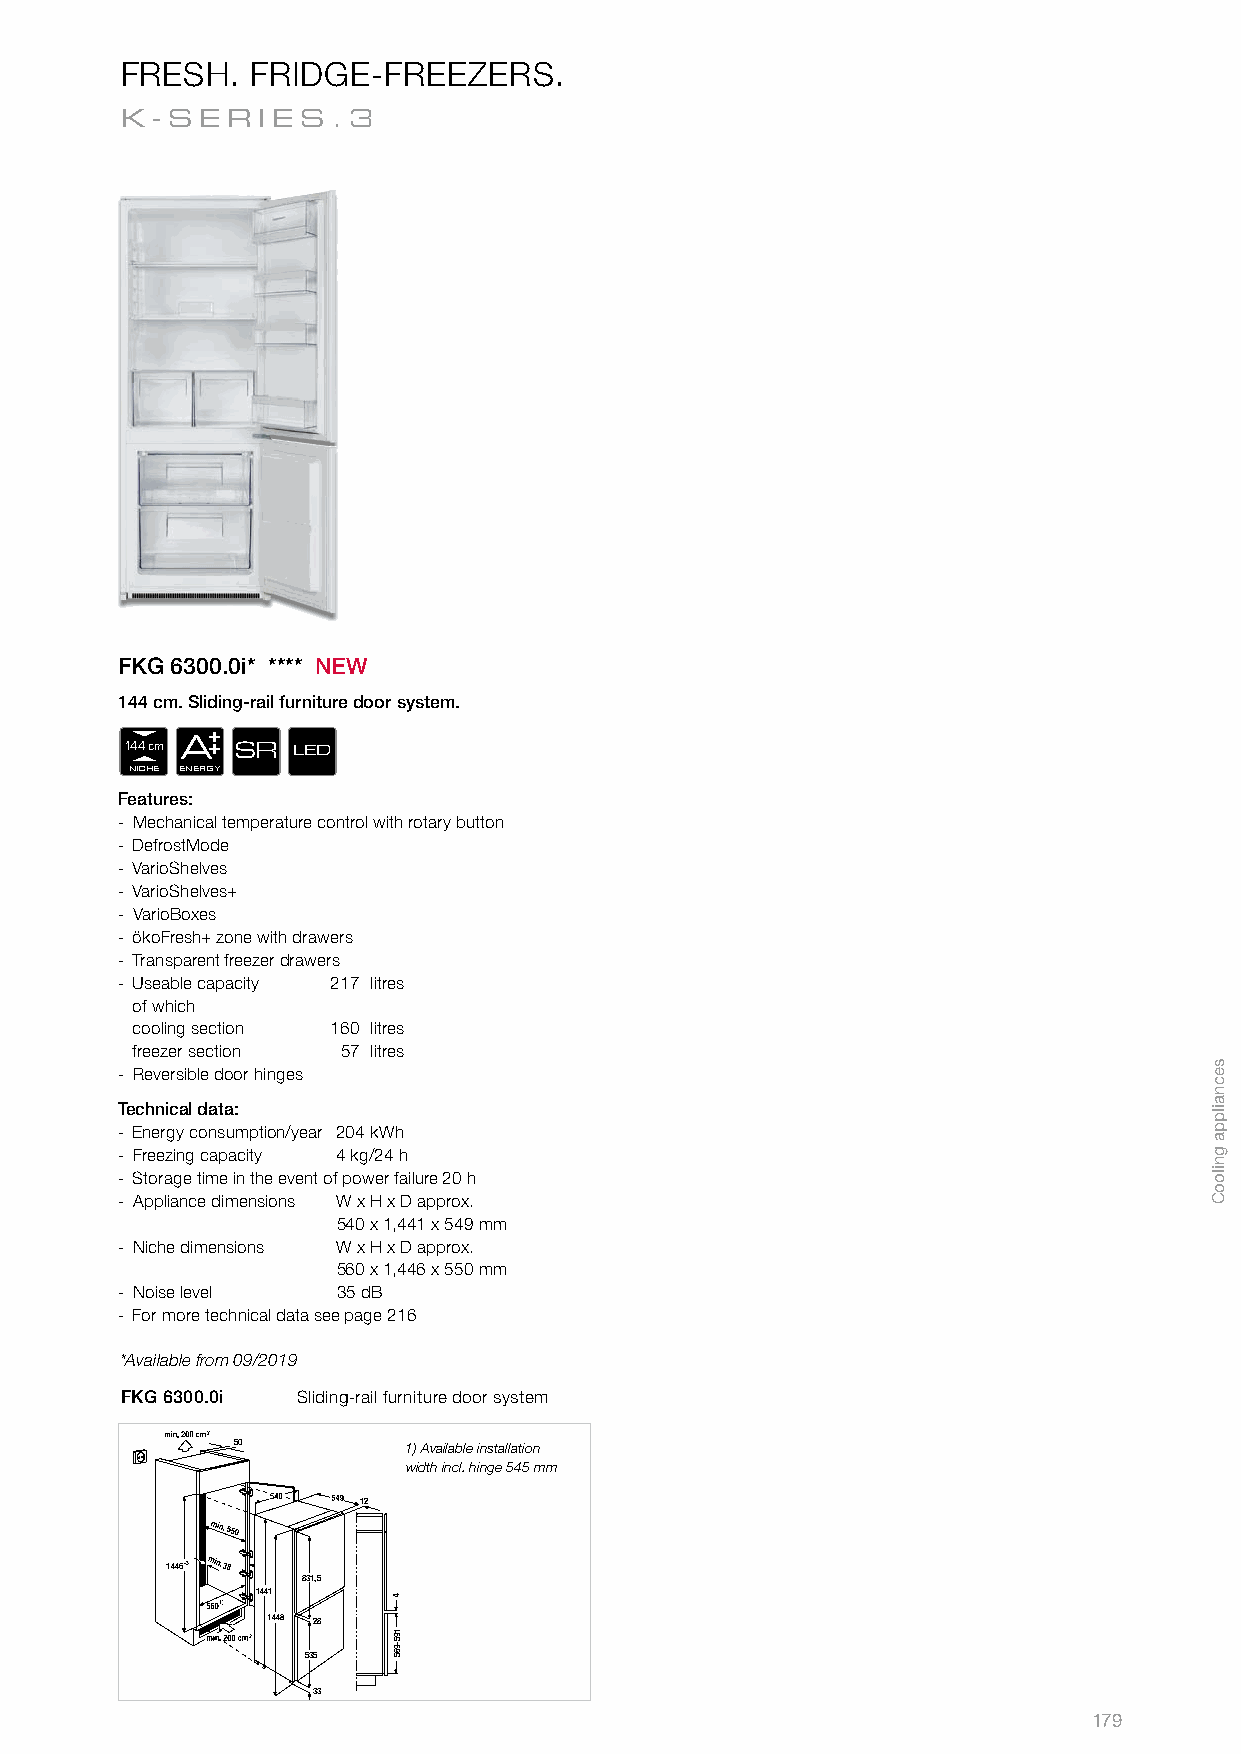
FRESH.   FRIDGE-FREEZERS.
 K-S  ERIES    .3
 FKG 6300.0i* **** NEW
 144 cm. Sliding-rail furniture door system.
 144 cm A SR LED
 NICHE ENERGY
 Features:
 - Mechanical temperature control with rotary button
 - DefrostMode
 - VarioShelves
 - VarioShelves+
 - VarioBoxes
 - ökoFresh+ zone with drawers
 - Transparent freezer drawers
 - Useable capacity 217 litres
 of which
 cooling section 160 litres
 freezer section 57 litres
 - Reversible door hinges
 Technical data:
 - Energy consumption/year 204 kWh
 - Freezing capacity 4 kg/24 h
 - Storage time in the event of power failure 20 h
 - Appliance dimensions W x H x D approx.
 540 x 1,441 x 549 mm
 - Niche dimensions W x H x D approx.
 560 x 1,446 x 550 mm
 - Noise level 35 dB
 - For more technical data see page 216
 *Available from 09/2019
 FKG 6300.0i Sliding-rail furniture door system
 50          1) Available installation
 width incl. hinge 545 mm
 12
 1446-3 38
 831,5
 1441
 28
 535
 33
 179
 195-965
 secnailppa
 gnilooC